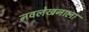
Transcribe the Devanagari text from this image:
नवलेखनाला